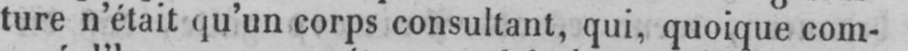
ture n’était qu’un corps consultant, qui, quoique com-